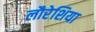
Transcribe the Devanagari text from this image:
लौरेशिया